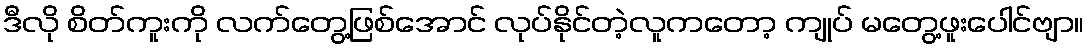
ဒီလို စိတ်ကူးကို လက်တွေ့ဖြစ်အောင် လုပ်နိုင်တဲ့လူကတော့ ကျုပ် မတွေ့ဖူးပေါင်ဗျာ။